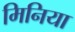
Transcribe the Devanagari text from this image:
मिनिया